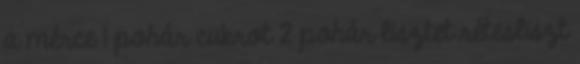
a mérce 1 pohár cukrot 2 pohár lisztet rétesliszt